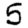
Digit: 5